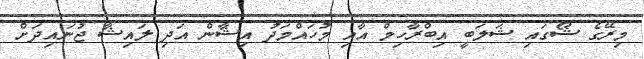
މިރޭގެ ޝޯގައި ޝަލަބީ އިބްރާހިމް އާއި މުހައްމަދު އިޝާން އަދި ލައިޝާ ޖުނައިދަށް